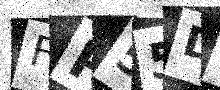
Text: FP55D3